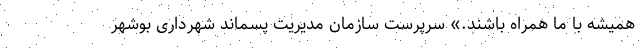
همیشه با ما همراه باشند.» سرپرست سازمان مدیریت پسماند شهرداری بوشهر